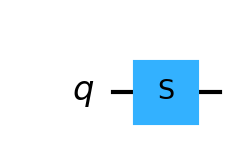
Description: S gate (phase gate): π/2 phase rotation
描述: S门（相位门）：π/2相位旋转
Category: gate_coverage (difficulty: basic)
Qubits: 1, circuit depth: 1

Braket implementation:
from braket.circuits import Circuit
circuit = Circuit().s(0)